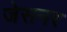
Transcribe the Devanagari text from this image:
जेसनर